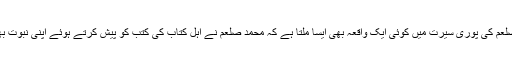
عرض یہ ہے کہ کیا محمد صلعم کی پوری سیرت میں کوئی ایک واقعہ بھی ایسا ملتا ہے کہ محمد صلعم نے اہل کتاب کی کتب کو پیش کرتے ہوئے اپنی نبوت بھی ان کتب سے ثابت کی ہو؟